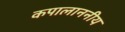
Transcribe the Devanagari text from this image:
कपालाननीय